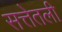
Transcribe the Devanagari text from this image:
सत्तेतली